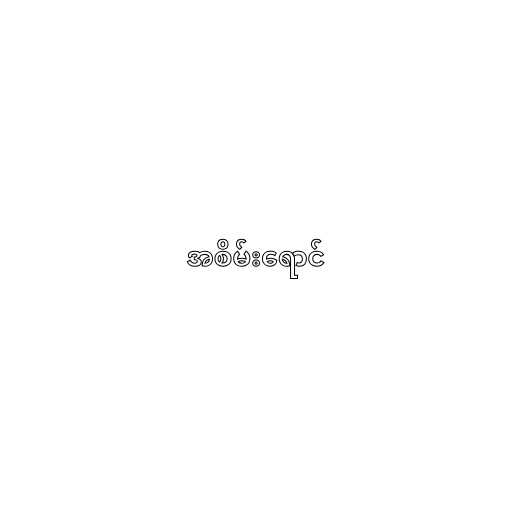
အစိမ်းရောင်